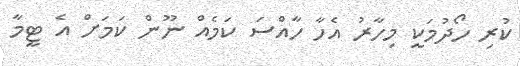
ކުރި ހޯދުމަކީ މިހާރު އެހާ ހާއްސަ ކަމެއް ނޫން ކަމަށް އެ ޓީމާ